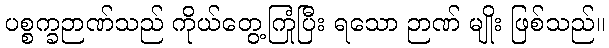
ပစ္စက္ခဉာဏ်သည် ကိုယ်တွေ့ကြုံပြီး ရသော ဉာဏ် မျိုး ဖြစ်သည်။